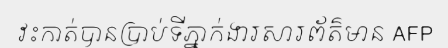
វះកាត់បានប្រាប់ទីភ្នាក់ងារសារព័ត៌មាន AFP